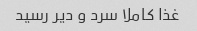
غذا کاملا سرد و دیر رسید